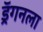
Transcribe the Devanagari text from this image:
ड्रॅगनला